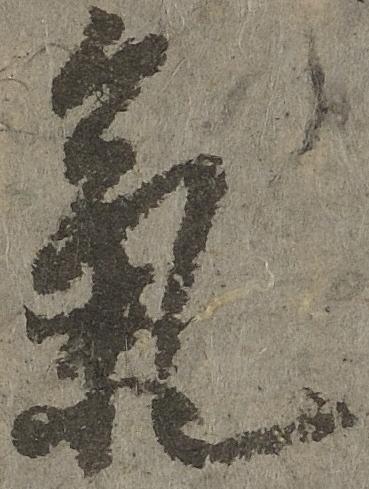
気